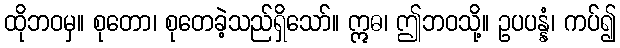
ထိုဘဝမှ။ စုတော၊ စုတေခဲ့သည်ရှိသော်။ ဣဓ၊ ဤဘဝသို့။ ဥပပန္နံ၊ ကပ်၍